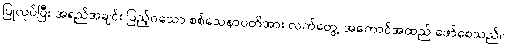
ပြုလုပ်ပြီး အရည်အချင်း ပြည့်ဝသော စစ်သေနာပတိအား လက်တွေ့ အကောင်အထည် ဖော်စေသည်။